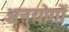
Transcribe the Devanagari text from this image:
अनुयोगों